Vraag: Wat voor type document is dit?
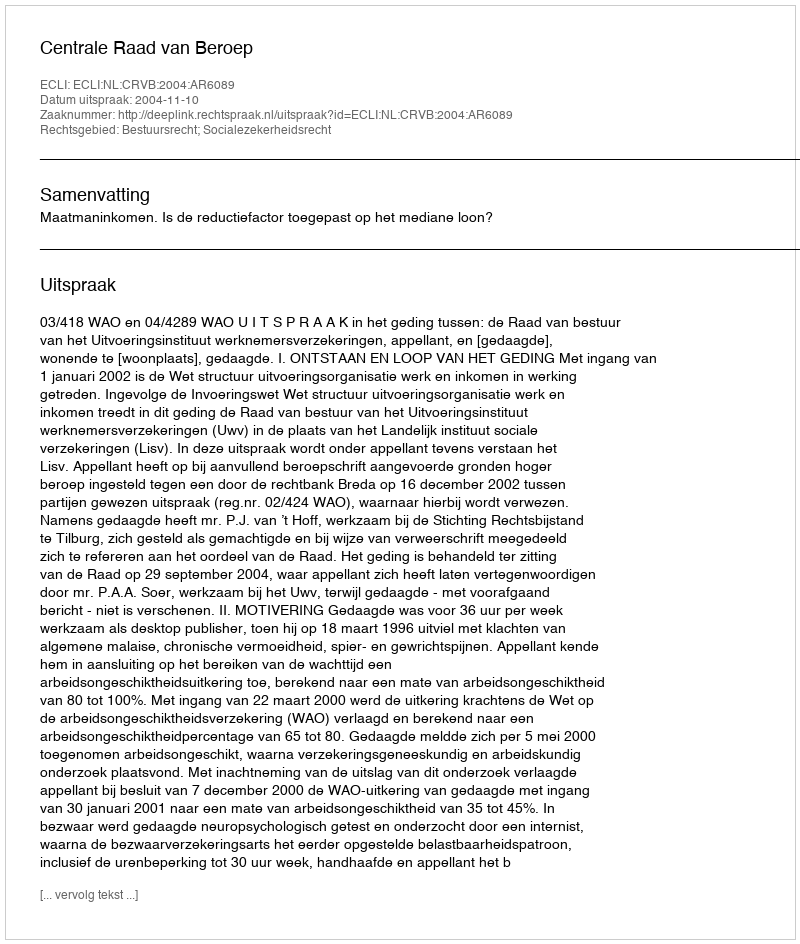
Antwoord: Uitspraak